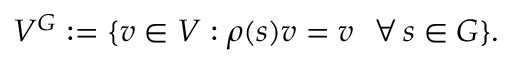
V ^ { G } : = \{ v \in V : \rho ( s ) v = v \, \, \, \, \forall \, s \in G \} .